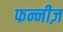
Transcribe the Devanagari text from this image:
फन्नीज़